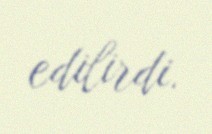
edilirdi.